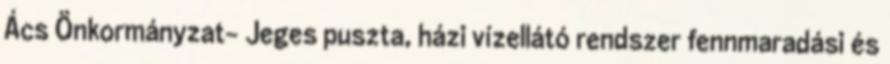
Ács Önkormányzat- Jeges puszta, házi vízellátó rendszer fennmaradási és